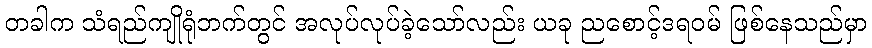
တခါက သံရည်ကျိုရုံဘက်တွင် အလုပ်လုပ်ခဲ့သော်လည်း ယခု ညစောင့်ဒရဝမ် ဖြစ်နေသည်မှာ